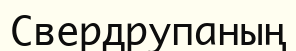
Свердрупаның